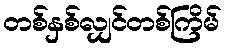
တစ်နှစ်လျှင်တစ်ကြိမ်